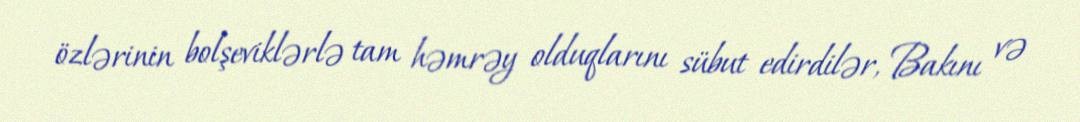
özlərinin bolşeviklərlə tam həmrəy olduqlarını sübut edirdilər, Bakını və